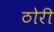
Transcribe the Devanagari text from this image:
ठोरी